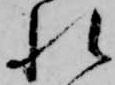
れ